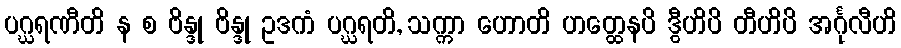
ပဂ္ဃရဏီတိ န စ ဗိန္ဒု ဗိန္ဒု ဥဒကံ ပဂ္ဃရတိ, သက္ကာ ဟောတိ ဟတ္ထေနပိ ဒွီဟိပိ တီဟိပိ အင်္ဂုလီဟိ